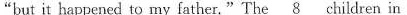
"but it happened to my father."The \underline{8} children in